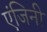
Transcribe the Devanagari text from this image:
एंजिनी